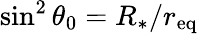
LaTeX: \sin^{2}\theta_{0}=R_{*}/r_{\mathrm{eq}}